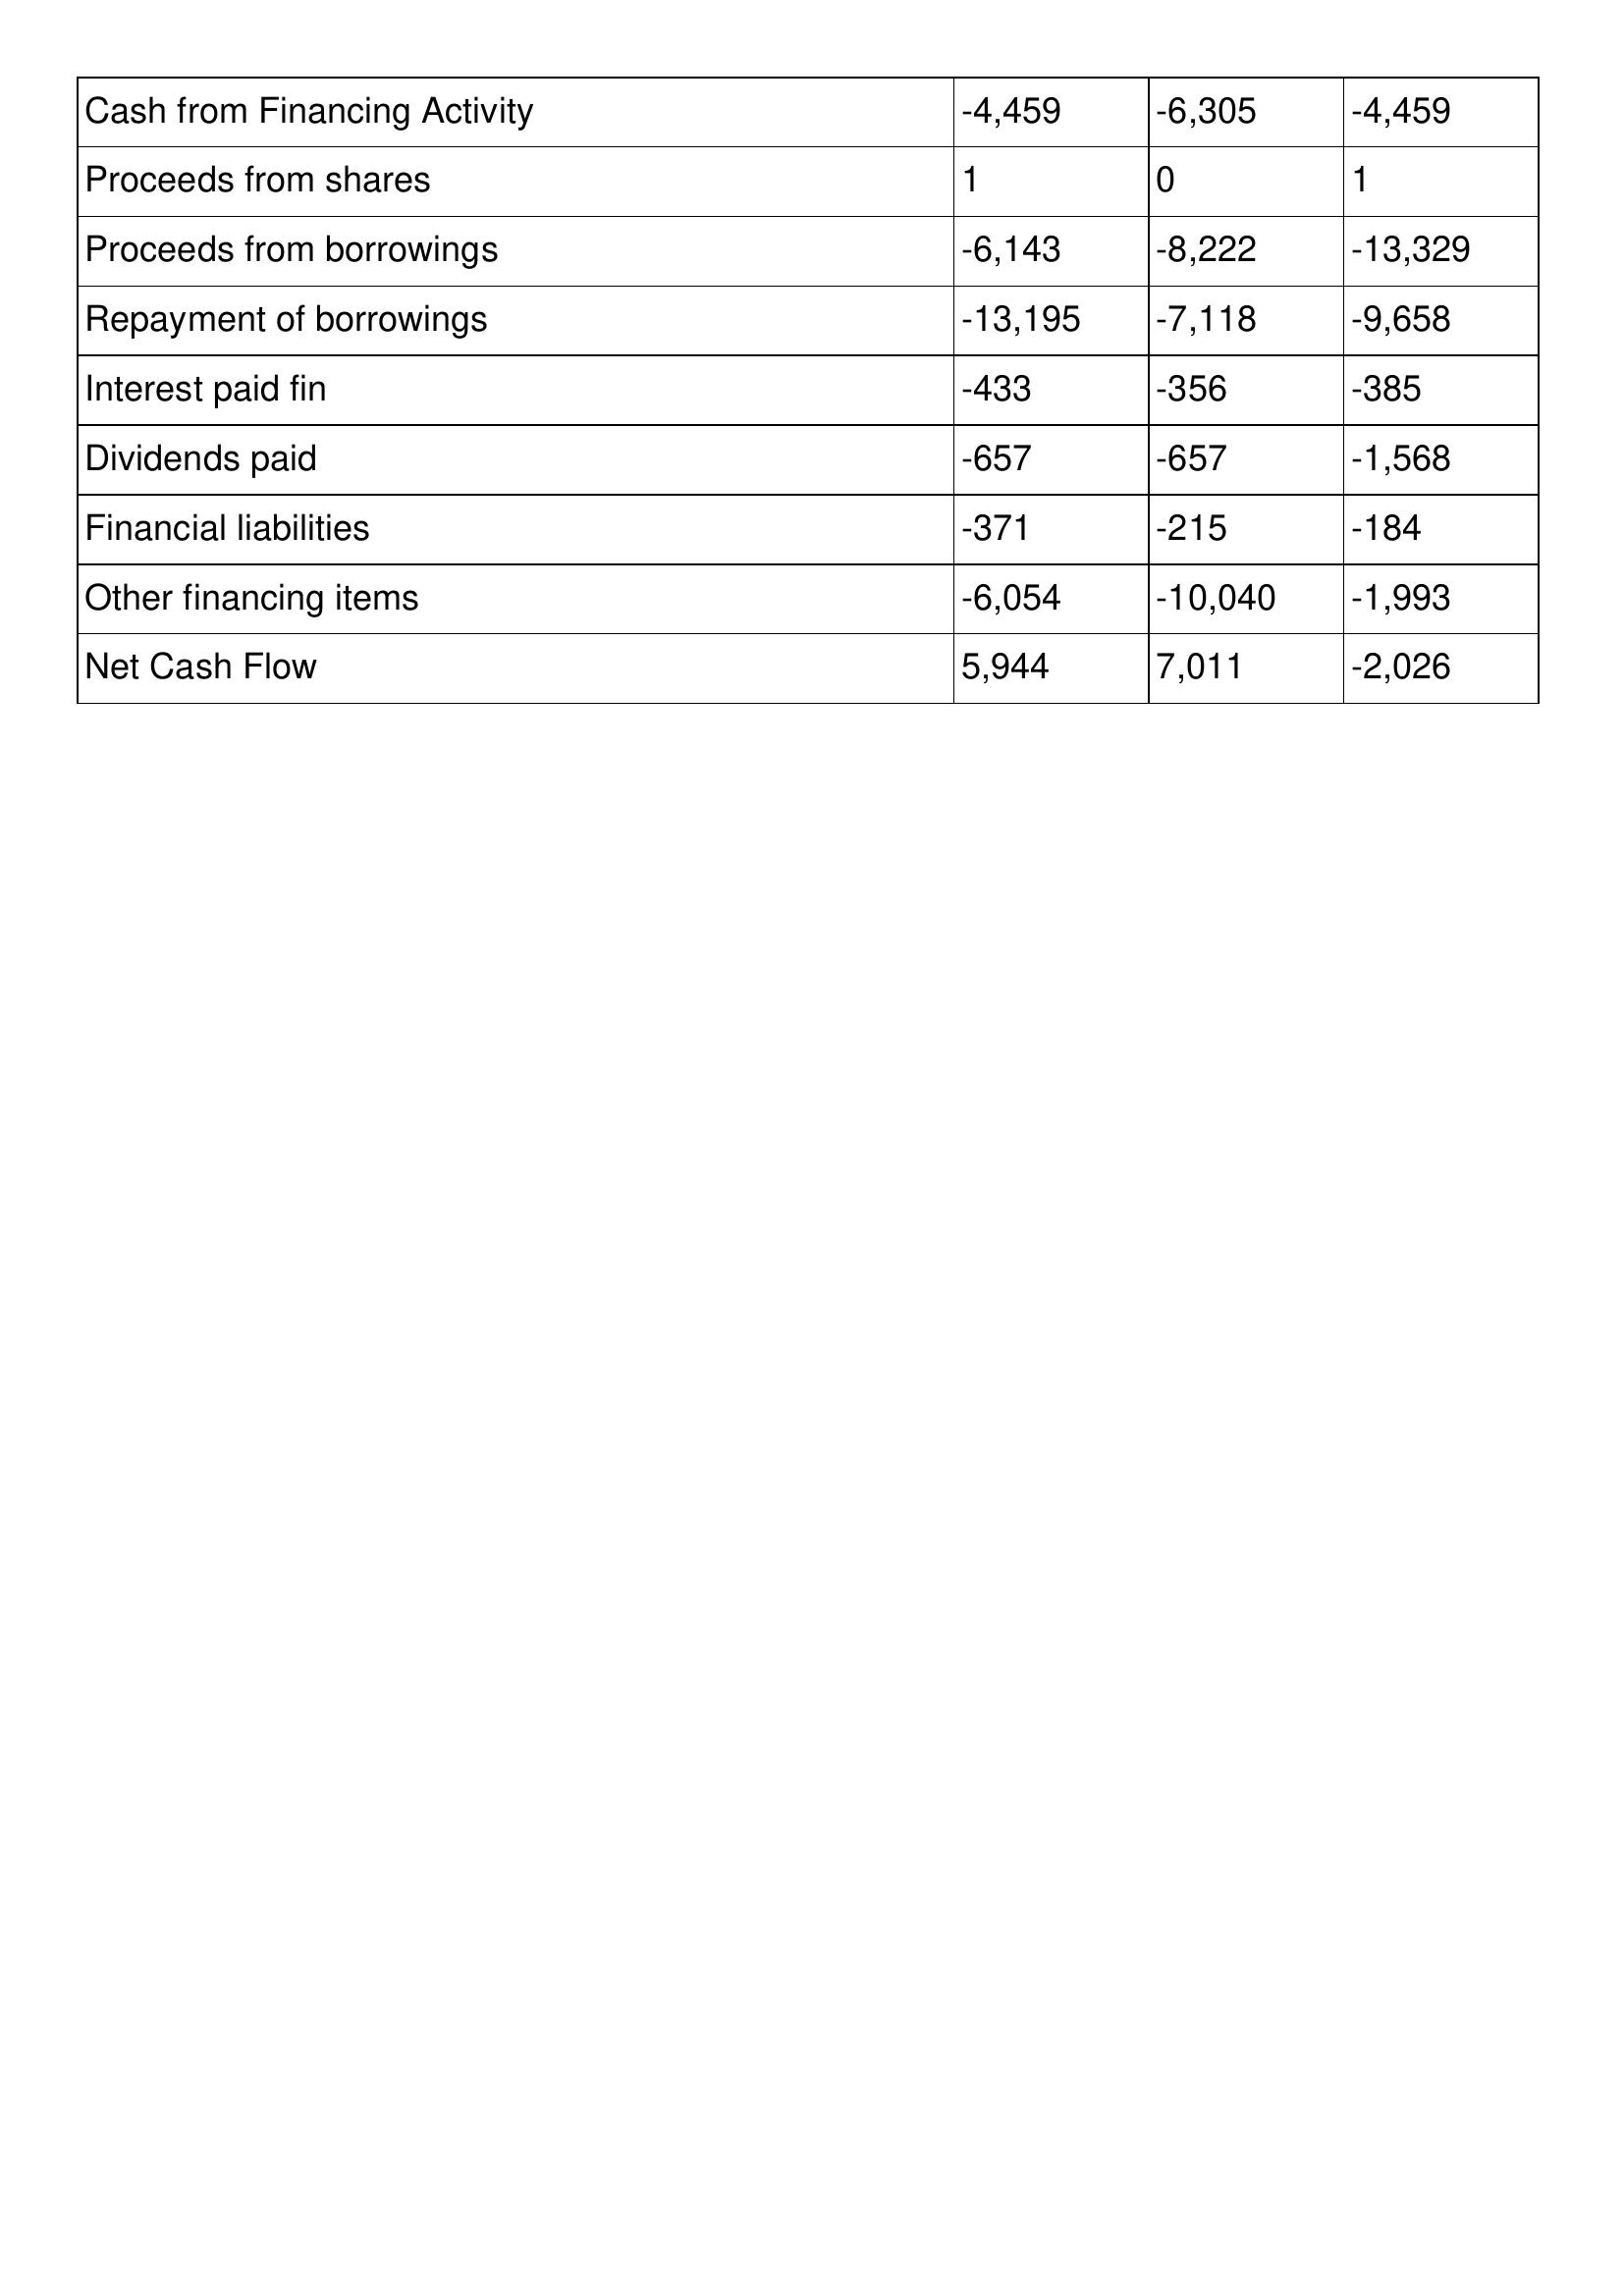
gt_parse: 2017: Cash Flows: Cash from Financing Activity: -4,459
Proceeds from shares: 1
Proceeds from borrowings: -6,143
Repayment of borrowings: -13,195
Interest paid fin: -433
Dividends paid: -657
Financial liabilities: -371
Other financing items: -6,054
Net Cash Flow: 5,944
2016: Cash Flows: Cash from Financing Activity: -6,305
Proceeds from shares: 0
Proceeds from borrowings: -8,222
Repayment of borrowings: -7,118
Interest paid fin: -356
Dividends paid: -657
Financial liabilities: -215
Other financing items: -10,040
Net Cash Flow: 7,011
2015: Cash Flows: Cash from Financing Activity: -4,459
Proceeds from shares: 1
Proceeds from borrowings: -13,329
Repayment of borrowings: -9,658
Interest paid fin: -385
Dividends paid: -1,568
Financial liabilities: -184
Other financing items: -1,993
Net Cash Flow: -2,026